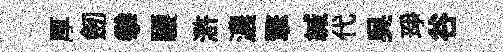
厚劒拳騕滸濃擎緘代呉琤谷